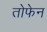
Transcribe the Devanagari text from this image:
तोफेन